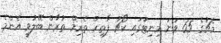
މެޗުގެ 65 ވަނަ މިނިޓުގައި ކޯޗު ފާތިހް ތެރިމް ތުރާން ބޭލުވީ އެންމެ